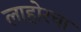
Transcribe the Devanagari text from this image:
लाहोरचा